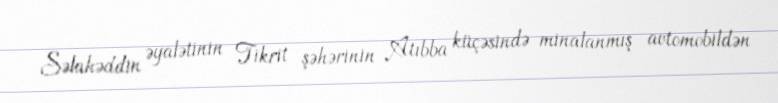
Səlahəddin əyalətinin Tikrit şəhərinin Atıbba küçəsində minalanmış avtomobildən